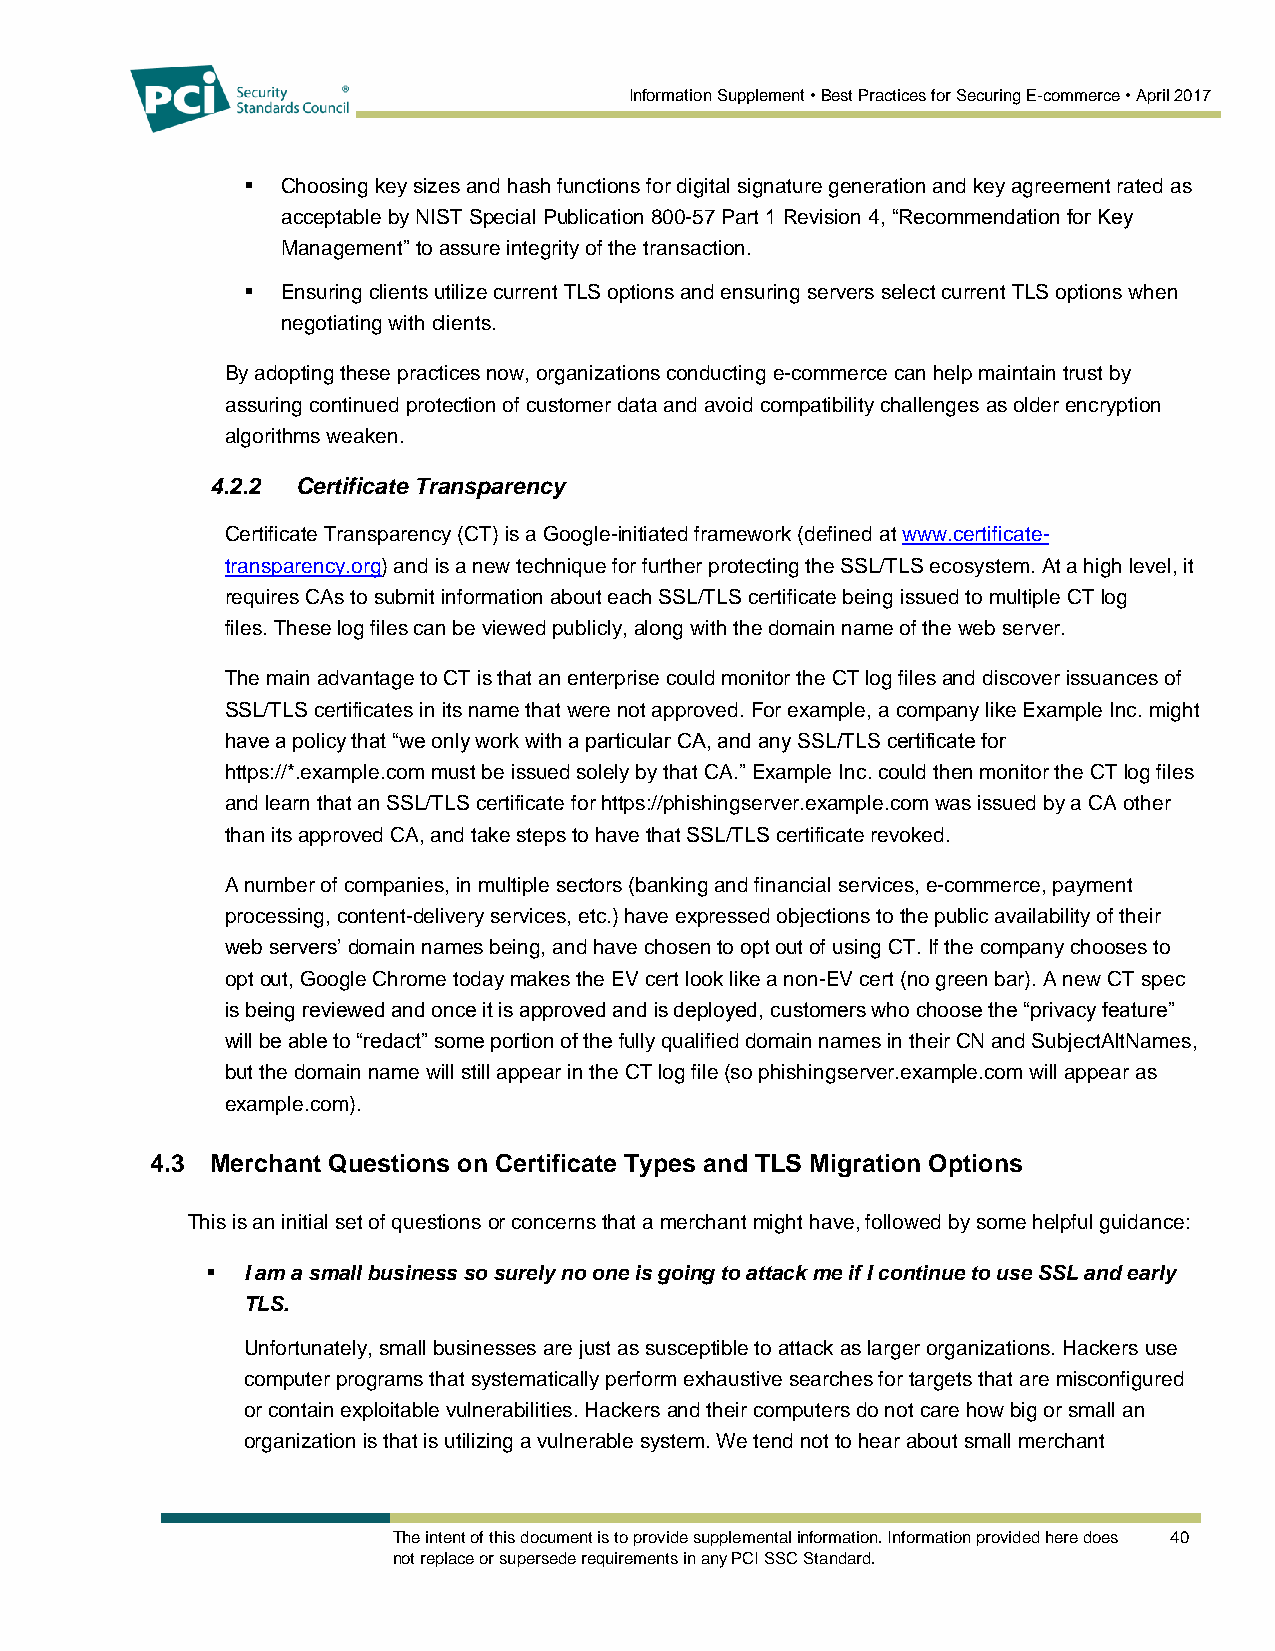
Information Supplement • Best Practices for Securing E-commerce • April 2017
   Choosing key sizes and hash functions for digital signature generation and key agreement rated as
 acceptable by NIST Special Publication 800-57 Part 1 Revision 4, “Recommendation for Key
 Management” to assure integrity of the transaction.
   Ensuring clients utilize current TLS options and ensuring servers select current TLS options when
 negotiating with clients.
 By adopting these practices now, organizations conducting e-commerce can help maintain trust by
 assuring continued protection of customer data and avoid compatibility challenges as older encryption
 algorithms weaken.
 4.2.2 Certificate Transparency
 Certificate Transparency (CT) is a Google-initiated framework (defined at www.certificate-
 transparency.org) and is a new technique for further protecting the SSL/TLS ecosystem. At a high level, it
 requires CAs to submit information about each SSL/TLS certificate being issued to multiple CT log
 files. These log files can be viewed publicly, along with the domain name of the web server.
 The main advantage to CT is that an enterprise could monitor the CT log files and discover issuances of
 SSL/TLS certificates in its name that were not approved. For example, a company like Example Inc. might
 have a policy that “we only work with a particular CA, and any SSL/TLS certificate for
 https://*.example.com must be issued solely by that CA.” Example Inc. could then monitor the CT log files
 and learn that an SSL/TLS certificate for https://phishingserver.example.com was issued by a CA other
 than its approved CA, and take steps to have that SSL/TLS certificate revoked.
 A number of companies, in multiple sectors (banking and financial services, e-commerce, payment
 processing, content-delivery services, etc.) have expressed objections to the public availability of their
 web servers’ domain names being, and have chosen to opt out of using CT. If the company chooses to
 opt out, Google Chrome today makes the EV cert look like a non-EV cert (no green bar). A new CT spec
 is being reviewed and once it is approved and is deployed, customers who choose the “privacy feature”
 will be able to “redact” some portion of the fully qualified domain names in their CN and SubjectAltNames,
 but the domain name will still appear in the CT log file (so phishingserver.example.com will appear as
 example.com).
 4.3 Merchant Questions on Certificate Types and TLS Migration Options
 This is an initial set of questions or concerns that a merchant might have, followed by some helpful guidance:
  I am a small business so surely no one is going to attack me if I continue to use SSL and early
 TLS.
 Unfortunately, small businesses are just as susceptible to attack as larger organizations. Hackers use
 computer programs that systematically perform exhaustive searches for targets that are misconfigured
 or contain exploitable vulnerabilities. Hackers and their computers do not care how big or small an
 organization is that is utilizing a vulnerable system. We tend not to hear about small merchant
 The intent of this document is to provide supplemental information. Information provided here does 40
 not replace or supersede requirements in any PCI SSC Standard.